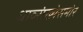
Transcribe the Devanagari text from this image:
धाव्संख्येसमोर